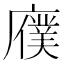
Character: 𫸆